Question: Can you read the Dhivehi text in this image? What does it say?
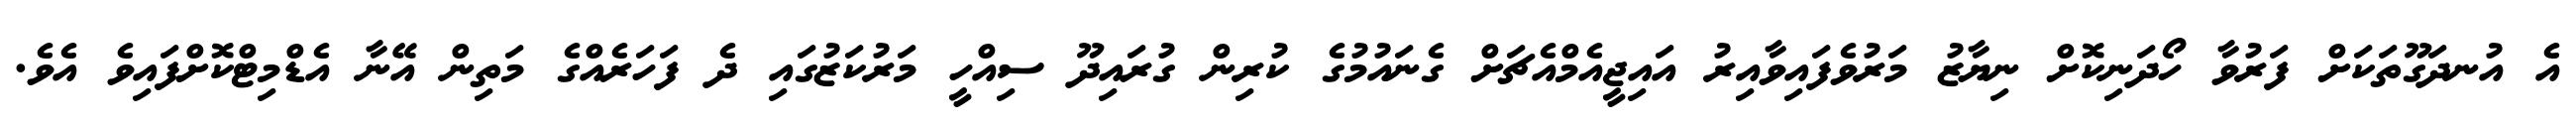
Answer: އެ އުނދަގޫތަކަށް ފަރުވާ ހޯދަނިކޮށް ނިޔާޒު މަރުވެފައިވާއިރު އައިޖީއެމްއެޗަށް ގެނައުމުގެ ކުރިން ގުރައިދޫ ސިއްހީ މަރުކަޒުގައި ދެ ފަހަރެއްގެ މަތިން އޭނާ އެޑްމިޓްކޮށްފައިވެ އެވެ.